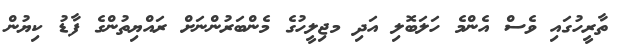
ތާރީހުގައި ވެސް އެންމެ ހަލަބޮލި އަދި މޖިލީހުގެ މެންބަރުންނަށް ރައްޔިތުންގެ ފާޑު ކިޔުން